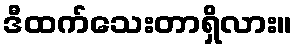
ဒီထက်သေးတာရှိလား။